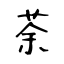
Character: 荼